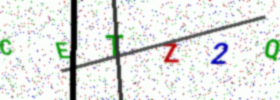
Text: CETZ2Q